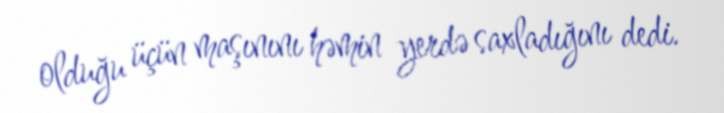
olduğu üçün maşınını həmin yerdə saxladığını dedi.